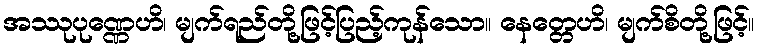
အဿုပုဏ္ဏေဟိ၊ မျက်ရည်တို့ဖြင့်ပြည့်ကုန်သော။ နေတ္တေဟိ၊ မျက်စိတို့ဖြင့်။